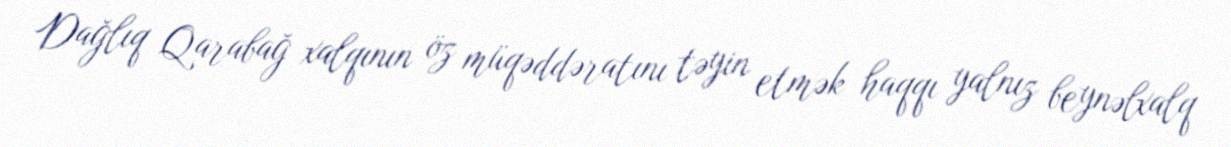
Dağlıq Qarabağ xalqının öz müqəddəratını təyin etmək haqqı yalnız beynəlxalq